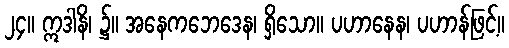
၂၄။ ဣဒါနိ၊ ၌။ အနေကဘေဒေန၊ ရှိသော။ ပဟာနေန၊ ပဟာန်ဖြင့်။